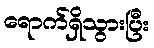
ရောက်ရှိသွားပြီး